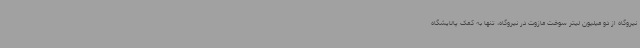
نیروگاه از دو میلیون لیتر سوخت مازوت در نیروگاه، تنها به کمک پالایشگاه